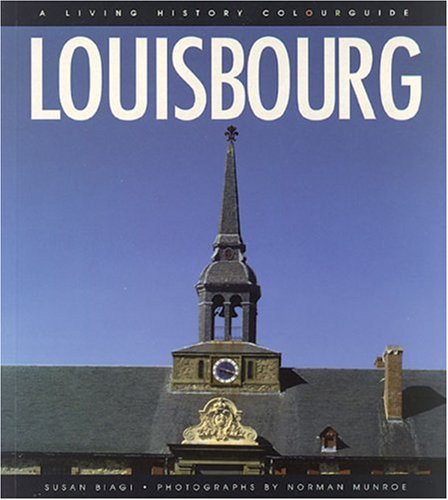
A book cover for Louisbourg: A Living History Colourguide (Formac Illustrated History); Susan Young de Biagi; Travel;